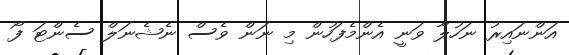
އަންނައިރު ނަހުލާ ވަނީ އެންމެފަހުން މި ނަން ވެސް ނެޝެނަލް ސެންޓަ ފޯ